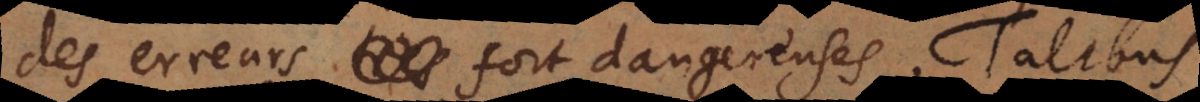
des erreurs fort dangereuses. Talibus